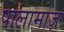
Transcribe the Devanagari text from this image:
पालामोज़